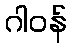
ဂါဝန်